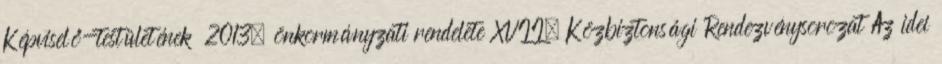
Képviselő-testületének 2013. önkormányzati rendelete XVII. Közbiztonsági Rendezvénysorozat Az idei